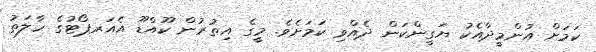
ކަމަށް އުންމީދާއެކު ޔަގީންކަން ދެއްވި ކަމަށެވެ. މީގެ އިތުރުން ކޫއްޑޫ އެއަރޕޯޓުގެ ހާލަތު